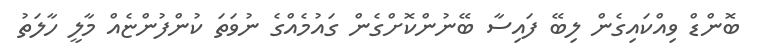
ބޮންޑް ވިއްކައިގެން ލިބޭ ފައިސާ ބޭނުންކޮށްގެން ގައުމެއްގެ ނުވަތަ ކުންފުންޏެއް މާލީ ހާލަތު